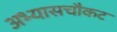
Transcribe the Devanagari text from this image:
अभ्यासचौकट